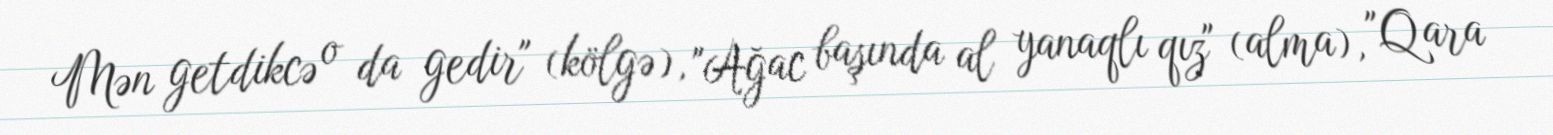
Mən getdikcə o da gedir" (kölgə), "Ağac başında al yanaqlı qız" (alma), "Qara